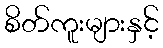
စိတ်ကူးများနှင့်